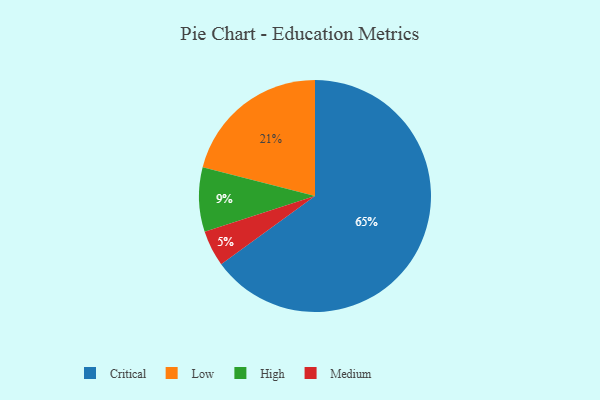
{"axis": {"x": "Category", "y": "Percentage"}, "legend": ["Critical", "High", "Low", "Medium"], "data": [{"x": "Critical", "y": 65, "type": "Critical"}, {"x": "Low", "y": 21, "type": "Low"}, {"x": "Medium", "y": 5, "type": "Medium"}, {"x": "High", "y": 9, "type": "High"}]}